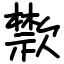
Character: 㱈